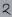
Text: 2